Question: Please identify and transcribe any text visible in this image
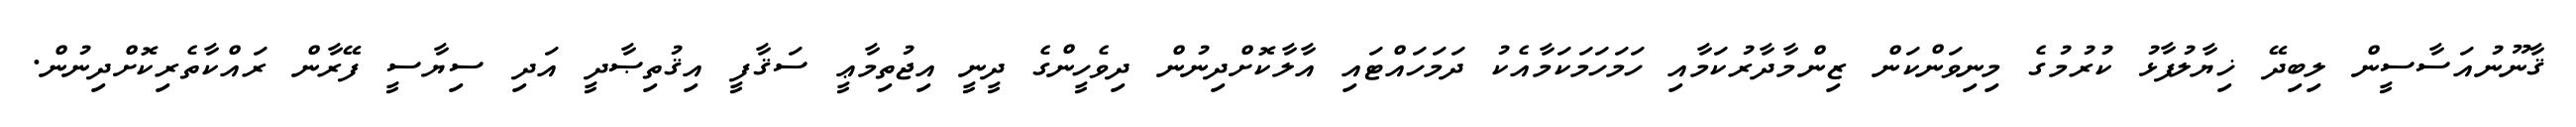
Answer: ޤާނޫނުއަސާސީން ލިބިދޭ ޚިޔާލުފާޅު ކުރުމުގެ މިނިވަންކަން ޒިންމާދާރުކަމާއި ހަމަހަމަކަމާއެކު ދަމަހައްޓައި އާލާކޮށްދިނުން ދިވެހީންގެ ދީނީ އިޖުތިމާޢީ ސަޤާފީ އިޤުތިޞާދީ އަދި ސިޔާސީ ފޭރާން ރައްކާތެރިކޮށްދިނުން.